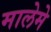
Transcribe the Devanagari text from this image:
मालेमे